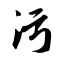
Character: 污